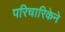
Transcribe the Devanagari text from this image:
परिचारिकेने